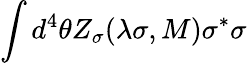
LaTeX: \int d^{4}\theta Z_{\sigma}(\lambda\sigma,M)\sigma^{*}\sigma